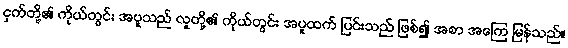
ငှက်တို့၏ ကိုယ်တွင်း အပူသည် လူတို့၏ ကိုယ်တွင်း အပူထက် ပြင်းသည် ဖြစ်၍ အစာ အကြေ မြန်သည်။